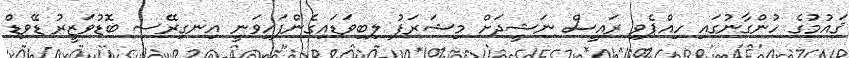
ޤައުމުގެ ހުންގާނުގައި ހިއްޕެވި ރައީސް ނަޝީދަށް މިޝަރަފު ލިބިވަޑައިގެންފައިވަނީ އިނގިރޭސި ބޮޑުވަޒީރު ޑޭވިޑް